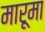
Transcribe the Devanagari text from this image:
मारूमा